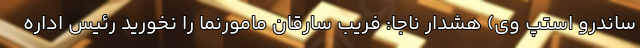
ساندرو استپ وی) هشدار ناجا: فریب سارقان مامورنما را نخورید رئیس اداره